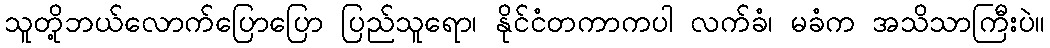
သူတို့ဘယ်လောက်ပြောပြော ပြည်သူရော၊ နိုင်ငံတကာကပါ လက်ခံ၊ မခံက အသိသာကြီးပဲ။